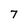
Character: 7